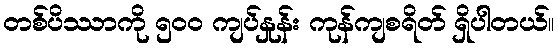
တစ်ပိဿာကို ၅၀၀ ကျပ်နှုန်း ကုန်ကျစရိတ် ရှိပါတယ်။